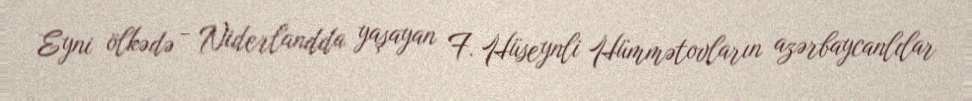
Eyni ölkədə - Niderlandda yaşayan F. Hüseynli Hümmətovların azərbaycanlılar